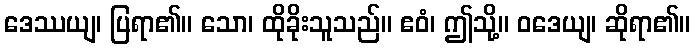
ဒေဿယျ၊ ပြရာ၏။ သော၊ ထိုခိုးသူသည်။ ဧဝံ၊ ဤသို့။ ဝဒေယျ၊ ဆိုရာ၏။